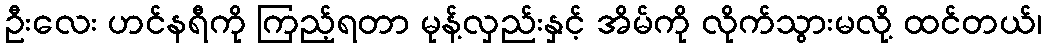
ဦးလေး ဟင်နရီကို ကြည့်ရတာ မုန့်လှည်းနှင့် အိမ်ကို လိုက်သွားမလို့ ထင်တယ်၊